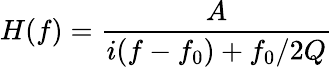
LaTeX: H(f)=\frac{A}{i(f-f_{0})+f_{0}/2Q}